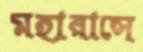
মহারাসে